Insane asylums in Bengal annual reports 1867-1875 - 1867-1875
Year: 1867
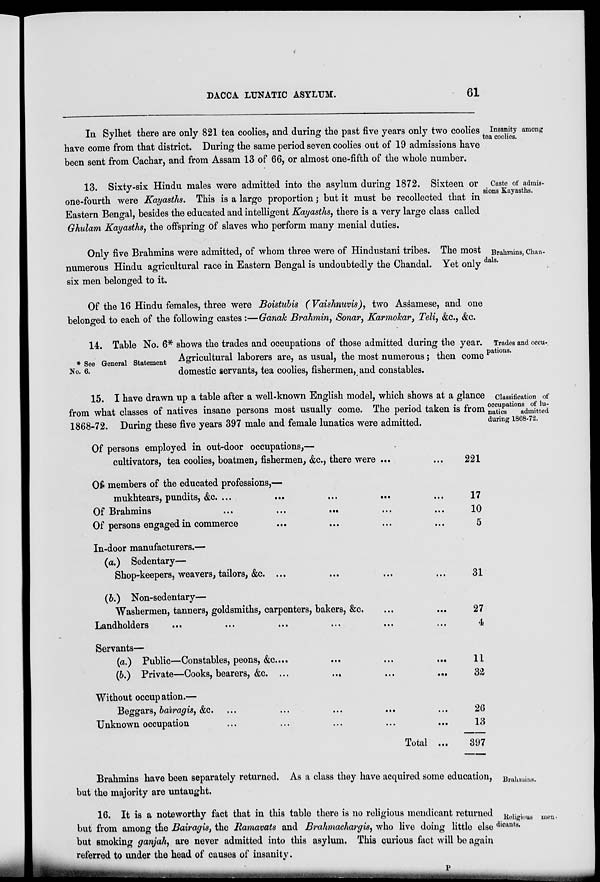
DACCA LUNATIC ASYLUM.
61
Insanity among
tea coolies.
In Sylhet there are only 821 tea coolies, and during the past five years only two coolies
have come from that district. During the same period seven coolies out of 19 admissions have
been sent from Cachar, and from Assam 13 of 66, or almost one-fifth of the whole number.
Caste of admis¬
sions Kayasths.
13. Sixty-six Hindu males were admitted into the asylum during 1872. Sixteen or
one-fourth were Kayasths. This is a large proportion; but it must be recollected that in
Eastern Bengal, besides the educated and intelligent Kayasths, there is a very large class called
Ghulam Kayasths, the offspring of slaves who perform many menial duties.
Brahmins, Chan¬
dals.
Only five Brahmins were admitted, of whom three were of Hindustani tribes. The most
numerous Hindu agricultural race in Eastern Bengal is undoubtedly the Chandal. Yet only
six men belonged to it.
Of the 16 Hindu females, three were Boistubis (Vaishnuvis), two Assamese, and one
belonged to each of the following castes:—Ganak Brahmin, Sonar, Karmokar, Teli, &c., &c.
Trades and occu¬
pations.
* See General Statement
No. 6.
14. Table No. 6* shows the trades and occupations of those admitted during the year.
Agricultural laborers are, as usual, the most numerous; then come
domestic servants, tea coolies, fishermen, and constables.
Classification of
occupations of lu¬
natics
admitted
during 1868-72.
15. I have drawn up a table after a well-known English model, which shows at a glance
from what classes of natives insane persons most usually come. The period taken is from
1868-72. During these five years 397 male and female lunatics were admitted.
Of persons employed in out-door occupations,—
cultivators, tea coolies, boatmen, fishermen, &c., there were ...
Of members of the educated professions,—
mukhtears, pundits, &c. ... ... ... ...
Of Brahmins ... ... ... ...
Of persons engaged in commerce ... ... ...
In-door manufacturers.—
(a.) Sedentary—
Shop-keepers, weavers, tailors, &c. ... ... ... ...
(b.) Non-sedentary—
Washermen, tanners, goldsmiths, carpenters, bakers, &c. ... ...
Landholders ... ... ... ... ...
Servants—
(a.) Public—Constables, peons, &c. ... ... ...
(b.) Private—Cooks, bearers, &c. ... ... ...
Without occupation.—
Beggars, bairagis, &c. ... ... ... ...
Unknown occupation ... ... ... ...
Total ...
221
17
10
5
31
27
4
11
32
26
13
397
Brahmins.
Brahmins have been separately returned. As a class they have acquired some education,
but the majority are untaught.
Religious men¬
dicants.
16. It is a noteworthy fact that in this table there is no religious mendicant returned
but from among the Bairagis, the Ramavats and Brahmachargis, who live doing little else
but smoking ganjah, are never admitted into this asylum. This curious fact will be again
referred to under the head of causes of insanity.
P